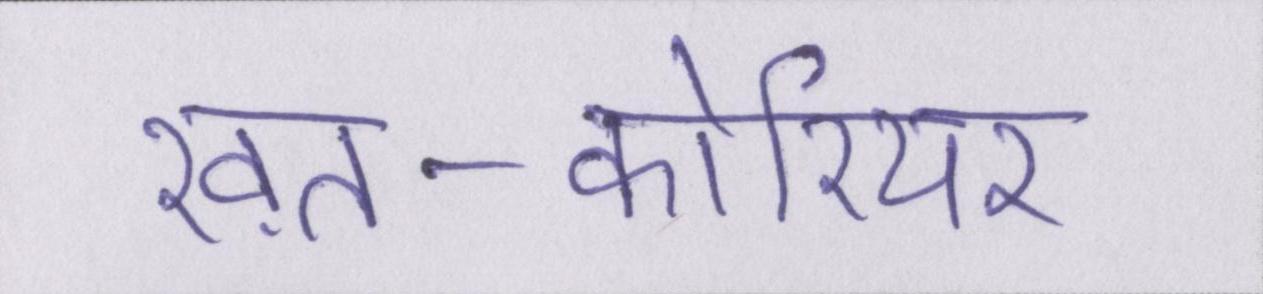
ख़त-कोरियर